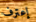
إعترف